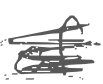
Text: of
Cross-out: scratch
Writing tool: digital_gray